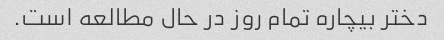
دختر بیچاره تمام روز در حال مطالعه است.